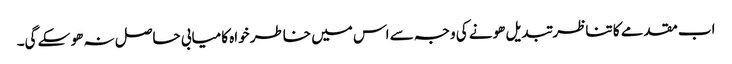
اب مقدمے کا تناظر تبدیل ھونے کی وجہ سے اس میں خاطر خواہ کامیابی حاصل نہ ھو سکے گی۔